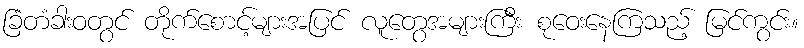
ခြံတံခါးဝတွင် တိုက်စောင့်များအပြင် လူတွေအများကြီး စုဝေးနေကြသည့် မြင်ကွင်း။